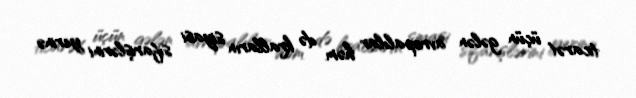
ticarət üçün gələn avropalılar həm də kralların siyasi sifarişlərini yerinə